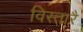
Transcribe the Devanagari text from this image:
विस्तारै